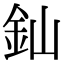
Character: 𨥉